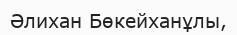
Әлихан Бөкейханұлы,